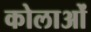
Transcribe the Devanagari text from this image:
कोलाओं